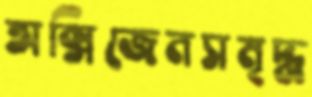
অক্সিজেনসমৃদ্ধ